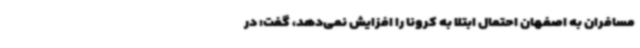
مسافران به اصفهان احتمال ابتلا به کرونا را افزایش نمی‌دهد، گفت: در